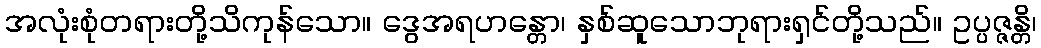
အလုံးစုံတရားတို့သိကုန်သော။ ဒွေအရဟန္တော၊ နှစ်ဆူသောဘုရားရှင်တို့သည်။ ဥပ္ပဇ္ဇန္တိ၊